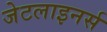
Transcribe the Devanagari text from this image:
जेटलाइनर्स